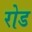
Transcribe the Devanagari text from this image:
रोड